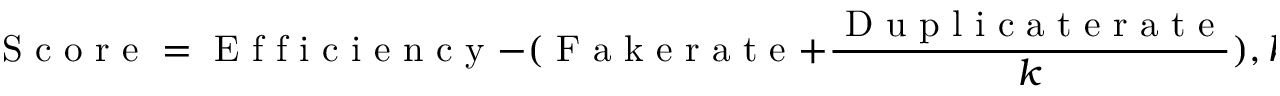
\textrm { S c o r e } = \textrm { E f f i c i e n c y } - ( \textrm { F a k e r a t e } + \frac { \textrm { D u p l i c a t e r a t e } } { k } ) , k = 7 ,